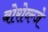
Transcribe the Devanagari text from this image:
बोरोव्ल्जे